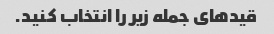
قیدهای جمله زیر را انتخاب کنید.